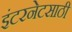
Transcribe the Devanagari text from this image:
इंटरनेटसाठी